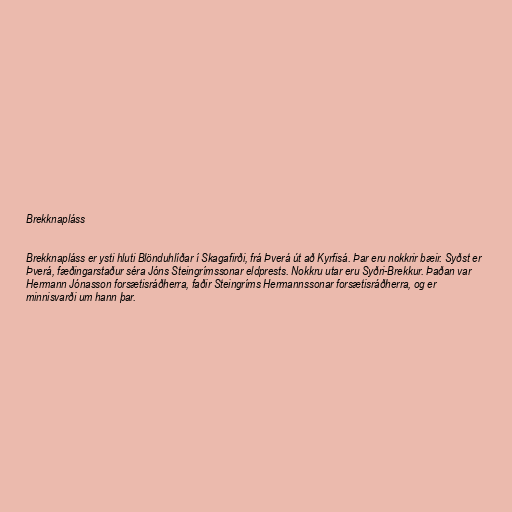
Brekknapláss

Brekknapláss er ysti hluti Blönduhlíðar í Skagafirði, frá Þverá út að Kyrfisá. Þar eru nokkrir bæir. Syðst er
Þverá, fæðingarstaður séra Jóns Steingrímssonar eldprests. Nokkru utar eru Syðri-Brekkur. Þaðan var
Hermann Jónasson forsætisráðherra, faðir Steingríms Hermannssonar forsætisráðherra, og er
minnisvarði um hann þar.